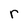
Character: r